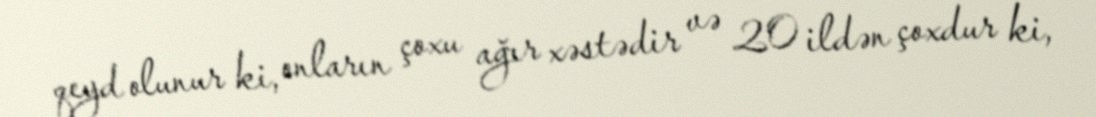
qeyd olunur ki, onların çoxu ağır xəstədir və 20 ildən çoxdur ki,